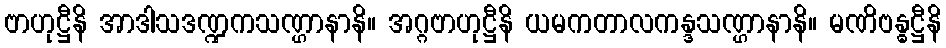
ဗာဟုဋ္ဌီနိ အာဒါသဒဏ္ဍကသဏ္ဌာနာနိ။ အဂ္ဂဗာဟုဋ္ဌီနိ ယမကတာလကန္ဒသဏ္ဌာနာနိ။ မဏိဗန္ဓဋ္ဌီနိ